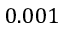
0 . 0 0 1